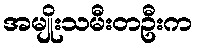
အမျိုးသမီးတဦးက